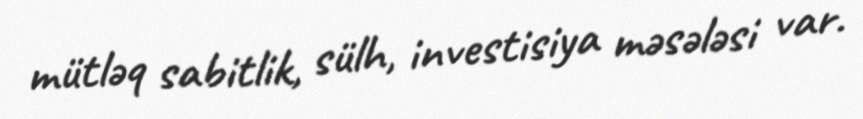
mütləq sabitlik, sülh, investisiya məsələsi var.